Vaccination Hyderabad 1872-1889 - 1872-1889
Year: 1872
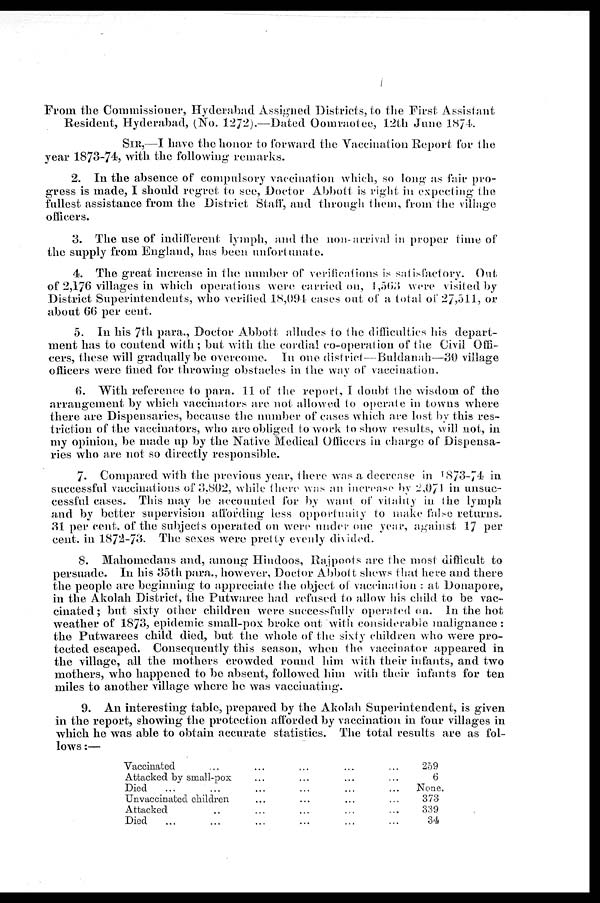
From the Commissioner, Hyderabad Assigned Districts, to the First Assistant
Resident, Hyderabad, (No. 1272).—Dated Oomraotee, 12th June 1874.
SIR,—I have the honor to forward the Vaccination Report for the
year 1873-74, with the following remarks.
2. In the absence of compulsory vaccination which, so long as fair pro-
gress is made, I should regret to see, Doctor Abbott is right in expecting the
fullest assistance from the District Staff, and through them, from the village
officers.
3. The use of indifferent lymph, and the non-arrival in proper time of
the supply from England, has been unfortunate.
4. The great increase in the number of verifications is satisfactory. Out.
of 2,176 villages in which operations were carried on, 1,563 were visited by
District Superintendents, who verified 18,094 cases out of a total of 27,511, or
about 66 per cent.
5. In his 7th para., Doctor Abbott alludes to the difficulties his depart-
ment has to contend with ; but with the cordial co-operation of the Civil Offi-
cers, these will gradually be overcome. In one district—Buldanah—30 village
officers were fined for throwing obstacles in the way of vaccination.
6. With reference to para. 11 of the report, I doubt the wisdom of the
arrangement by which vaccinators are not allowed to operate in towns where
there are Dispensaries, because the number of cases which are lost by this res-
triction of the vaccinators, who are obliged to work to show results, will not, in
my opinion, be made up by the Native Medical Officers in charge of Dispensa-
ries who are not so directly responsible.
7. Compared with the previous year, there was a decrease in 1873-74 in
successful vaccinations of 3,802, while there was an increase by 2,071 in unsuc-
cessful cases. This may be accounted for by want of vitality in the lymph
and by better supervision affording less opportunity to make false returns.
31 per cent. of the subjects operated on were under one year, against 17 per
cent. in 1872-73. The sexes were pretty evenly divided.
8. Mahomedans and, among Hindoos, Rajpoots are the most difficult to
persuade. In his 35th para., however, Doctor Abbott shews that here and there
the people are beginning to appreciate the object of vaccination : at Donapore,
in the Akolah District, the Putwaree had refused to allow his child to be vac-
cinated; but sixty other children were successfully operated on. In the hot
weather of 1873, epidemic small-pox broke out with considerable malignance :
the Putwarees child died, but the whole of the sixty children who were pro-
tected escaped. Consequently this season, when the vaccinator appeared in
the village, all the mothers crowded round him with their infants, and two
mothers, who happened to be absent, followed him with their infants for ten
miles to another village where he was vaccinating.
9. An interesting table, prepared by the Akolah Superintendent, is given
in the report, showing the protection afforded by vaccination in four villages in
which he was able to obtain accurate statistics. The total results are as fol-
lows :—
Vaccinated ... ... ... ... ...
Attacked by small-pox ... ... ... ...
Died ... ... ... ... ... ...
Unvaccinated children ... ... ... ...
Attacked ... ... ... ... ...
Died ... ... ... ... ... ...
259
6
None.
373
339
34